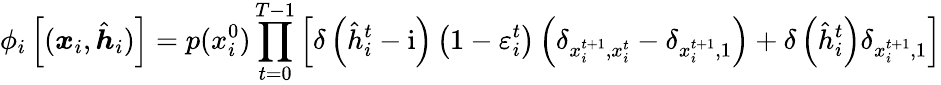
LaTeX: \phi_{i}\left[(\boldsymbol{x}_{i},\hat{\boldsymbol{h}}_{i})\right]=p(x_{i}^{0})\prod_{t=0}^{T-1}\left[\delta\left(\hat{h}_{i}^{t}-\mathrm{i}\right)\left(1-\varepsilon_{i}^{t}\right)\left(\delta_{x_{i}^{t+1},x_{i}^{t}}-\delta_{x_{i}^{t+1},1}\right)+\delta\left(\hat{h}_{i}^{t}\right)\delta_{x_{i}^{t+1},1}\right]